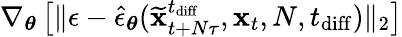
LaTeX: \nabla_{\boldsymbol{\theta}}\left[\lVert\epsilon-\hat{\epsilon}_{\boldsymbol{\theta}}(\widetilde{\mathbf{x}}_{t+N\tau}^{t_{\mathrm{diff}}},\mathbf{x}_{t},N,t_{\mathrm{diff}})\rVert_{2}\right]